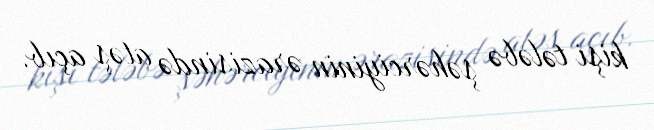
kişi tələbə şəhərciyinin ərazisində atəş açıb.